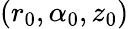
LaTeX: \left(r_{0},\alpha_{0},z_{0}\right)